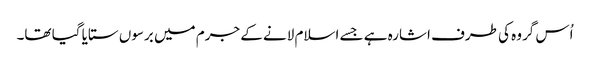
اُس گروہ کی طرف اشارہ ہے جسے اسلام لانے کے جرم میں برسوں ستایا گیا تھا۔